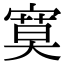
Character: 寞